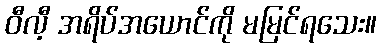
ဝီလီ့ အရိပ်အယောင်ကို မမြင်ရသေး။